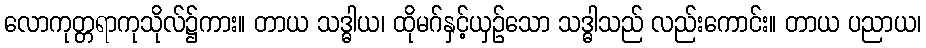
လောကုတ္တရာကုသိုလ်၌ကား။ တာယ သဒ္ဓါယ၊ ထိုမဂ်နှင့်ယှဉ်သော သဒ္ဓါသည် လည်းကောင်း။ တာယ ပညာယ၊